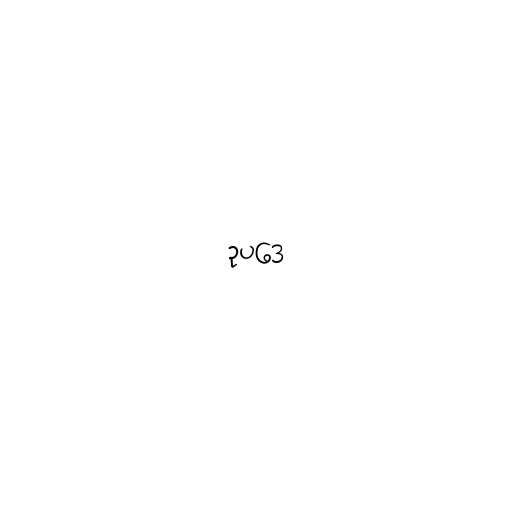
ဥပဒေ